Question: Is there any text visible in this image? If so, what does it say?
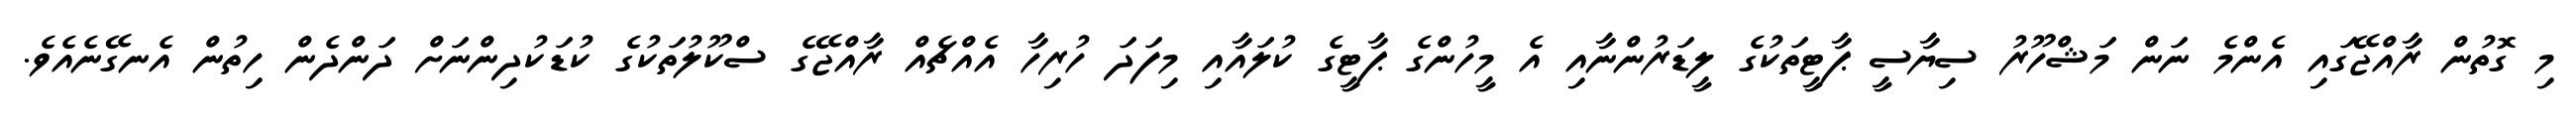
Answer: މި ގޮތުން ރާއްޖޭގައި އެންމެ ނަން މަޝްހޫރު ސިޔާސީ ޕާޓީތަކުގެ ލީޑަރުންނާއި އެ މީހުންގެ ޕާޓީގެ ކުލައާއި މިފަދަ ހުރިހާ އެއްޗެއް ރާއްޖޭގެ ސްކޫލުތަކުގެ ކުޑަކުދިންނަށް ދަންދެން ހިތުން އެނގޭނެއެވެ.